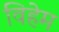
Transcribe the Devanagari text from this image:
विहेम